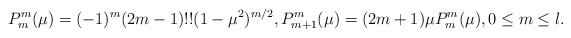
\begin{align*}P_m^m(\mu)=(-1)^m(2m-1)!!(1-\mu^2)^{m/2},P_{m+1}^m(\mu)=(2m+1)\mu P_m^m(\mu),0\le m\le l.\end{align*}